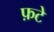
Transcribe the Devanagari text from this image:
फ़टे